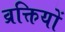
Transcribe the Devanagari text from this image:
व्रक्तियों